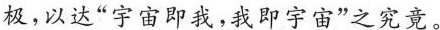
极，以达”宇宙即我，我即宇宙”之究竟。